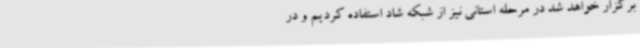
برگزار خواهد شد در مرحله استانی نیز از شبکه شاد استفاده کردیم و در